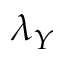
\lambda _ { Y }